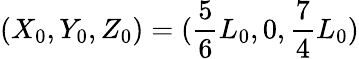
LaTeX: (X_{0},Y_{0},Z_{0})=(\frac 56L_{0},0,\frac 74L_{0})